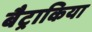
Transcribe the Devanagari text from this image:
बैट्राकिया